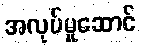
အလုပ်မှုဆောင်